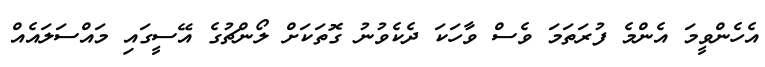
އެހެންވީމަ އެންމެ ފުރަތަމަ ވެސް ވާހަކަ ދެކެވުނު ގޮތަކަށް ލޯންޗުގެ އޭސީގައި މައްސަލައެއް